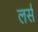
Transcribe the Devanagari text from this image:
लर्स